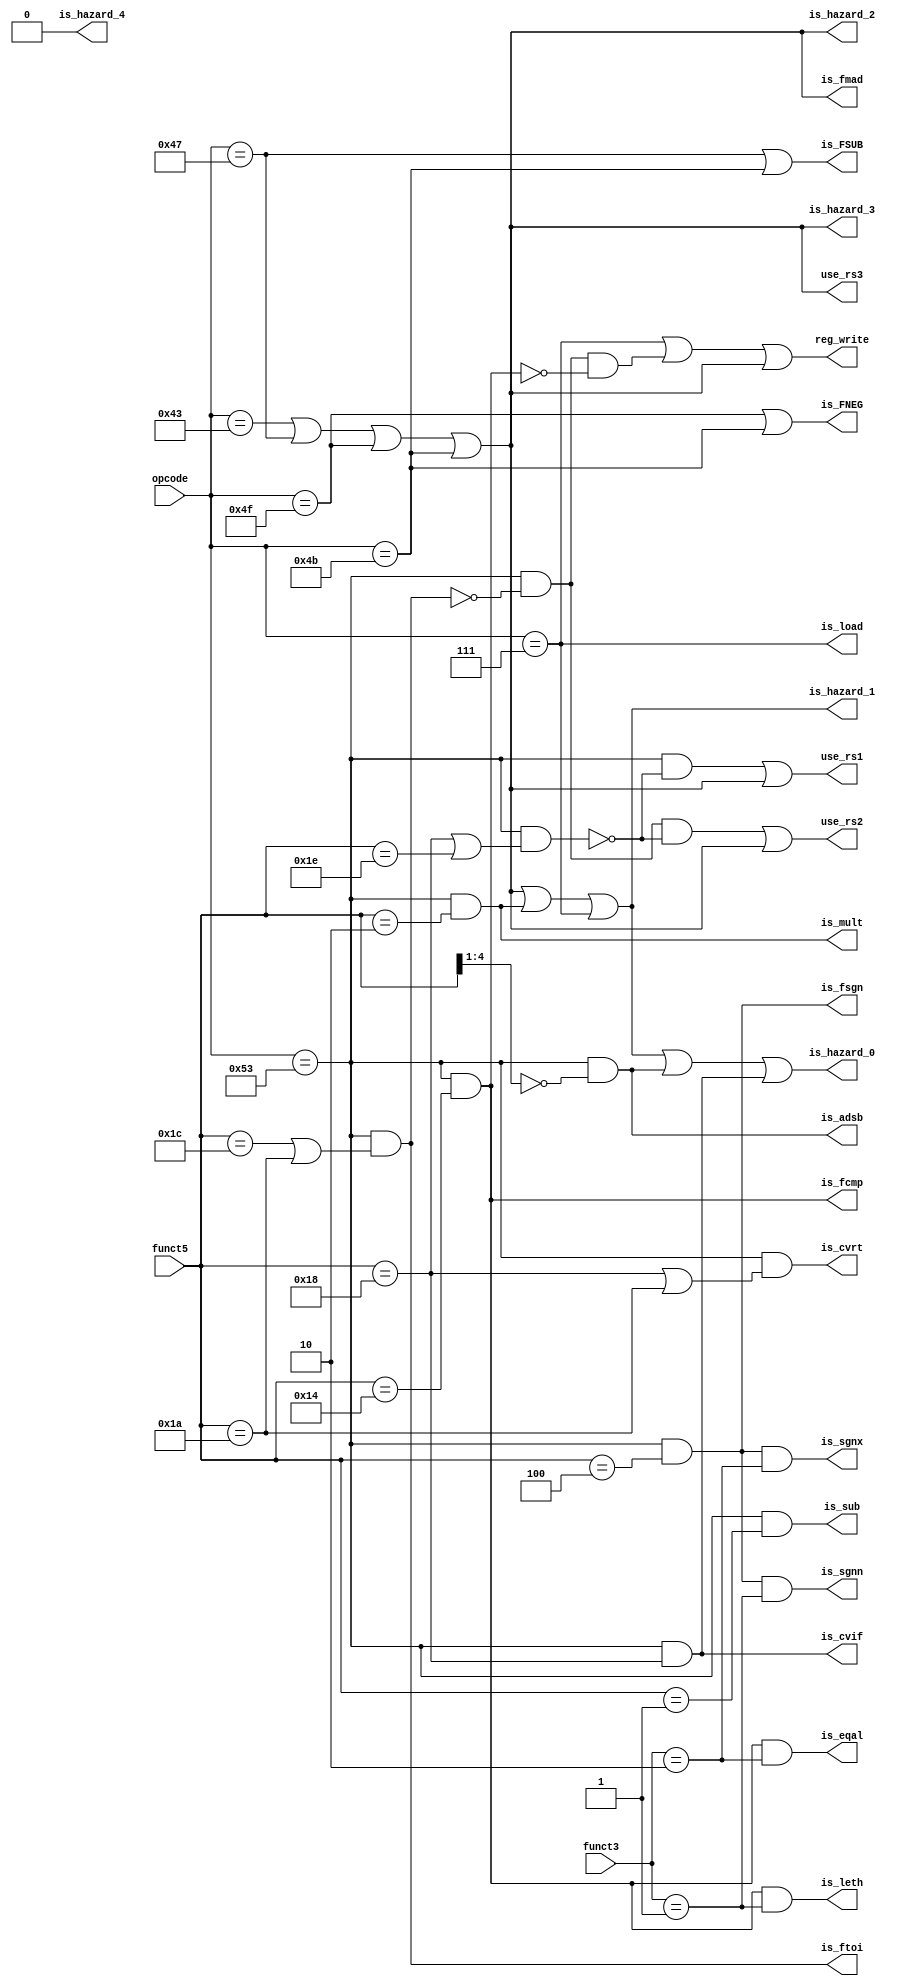
module fpu_control(
    funct5,
    funct3,
    opcode,
    reg_write,
    is_sub,
    is_load,
    is_adsb,
    is_mult,
    is_cvrt,
    is_ftoi,
    is_cvif,
    is_fcmp,
    is_eqal,
    is_leth,
    is_fsgn,
    is_sgnn,
    is_sgnx,
    is_fmad,
    is_FSUB,
    is_FNEG,
    is_hazard_0,
    is_hazard_1,
    is_hazard_2,
    is_hazard_3,
    is_hazard_4,
    use_rs1,
    use_rs2,
    use_rs3);

    input [4:0] funct5;
    input [2:0] funct3;
    input [6:0] opcode;
    output reg_write;
    output is_sub;
    output is_load;
    output is_adsb;
    output is_mult;
    output is_cvrt;
    output is_ftoi;
    output is_cvif;
    output is_fcmp;
    output is_eqal;
    output is_leth;
    output is_fsgn;
    output is_sgnn;
    output is_sgnx;
    output is_fmad;
    output is_FSUB;
    output is_FNEG;
    output is_hazard_0;
    output is_hazard_1;
    output is_hazard_2;
    output is_hazard_3;
    output is_hazard_4;
    output use_rs1;
    output use_rs2;
    output use_rs3;

    parameter OPFP = 7'b1010011;
    parameter LOADFP = 7'b0000111;

    wire is_itof;
    wire is_sqrt;
    wire is_opfp;

    wire is_FMADD;
    wire is_FMSUB;
    wire is_FNMSUB;
    wire is_FNMADD;

    assign is_FSUB = is_FMSUB | is_FNMSUB;
    assign is_FNEG = is_FNMADD | is_FNMSUB;

    assign is_opfp = (opcode == OPFP);
    assign is_FMADD = (opcode == 7'b1000011);
    assign is_FMSUB = (opcode == 7'b1000111);
    assign is_FNMSUB = (opcode ==7'b1001011);
    assign is_FNMADD = (opcode ==7'b1001111);

    assign reg_write = (opcode == LOADFP) | ((opcode == OPFP) & (is_ftoi != 1'b1) & (~is_fcmp)) | is_fmad;
    assign is_sub = (opcode == OPFP) & (funct5 == 5'b00001);
    assign is_load = (opcode ==LOADFP);
    assign is_adsb = is_opfp & (funct5[4:1] == 4'b0000);
    assign is_mult = is_opfp & (funct5 == 5'b00010);
    assign is_cvrt = is_opfp & ((funct5 == 5'b11000) | (funct5 == 5'b11010));
    assign is_ftoi = is_opfp & ((funct5 == 5'b11100) | (funct5 == 5'b11010));
    assign is_itof = is_opfp & ((funct5 == 5'b11000) | (funct5 == 5'b11110));
    assign is_cvif = is_opfp & (funct5 == 5'b11000);
    assign is_fcmp = is_opfp & (funct5 == 5'b10100);
    assign is_fsgn = is_opfp & (funct5 == 5'b00100);
    assign is_leth = is_fcmp & (funct3 == 3'b001);
    assign is_eqal = is_fcmp & (funct3 == 3'b010);
    assign is_sgnn = is_fsgn & (funct3 == 3'b001);
    assign is_sgnx = is_fsgn & (funct3 == 3'b010);
    assign is_fmad = is_FMADD|is_FMSUB|is_FNMADD|is_FNMSUB;
    assign use_rs1 = (is_opfp & (~is_itof)) | is_fmad;
    assign is_sqrt = is_opfp & (funct5 == 5'b01011);
    assign use_rs2 = (is_opfp & (~is_ftoi) & (~is_itof) ) |is_fmad ; 
    assign use_rs3 = is_fmad;

    assign is_hazard_4 = 1'b0;
    assign is_hazard_3 = is_hazard_4
                       | is_fmad;
    assign is_hazard_2 = is_hazard_3;
    assign is_hazard_1 = is_hazard_2
                       | is_mult
                       | is_load;
    assign is_hazard_0 = is_hazard_1
                       | is_adsb
                       | is_cvif;
endmodule